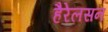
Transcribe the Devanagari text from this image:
हैरेलसन